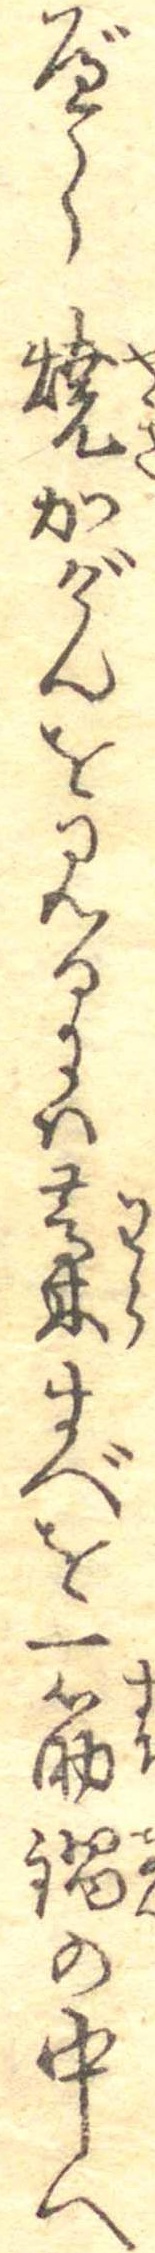
べし焼かげんを見るには藁すべを一筋鍋の中へ